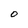
Character: O